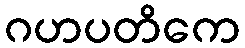
ဂဟပတိကေ